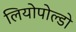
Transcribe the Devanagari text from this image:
लियोपोल्डो